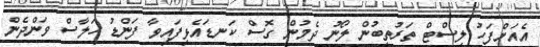
އެއަށްފަހު ލިސްޓް ތަރުތީބުން ލޯނު ދެމުން ގޮސް ކަނޑައެޅިފައިވާ ފަންޑު ހަލާސް ވަންދެން